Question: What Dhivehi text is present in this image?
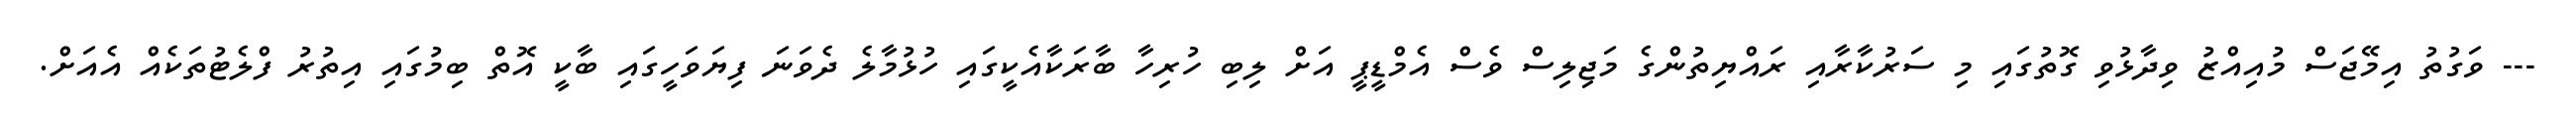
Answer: --- ވަގުތު އިމޭޖަސް މުއިއްޒު ވިދާޅުވި ގޮތުގައި މި ސަރުކާރާއި ރައްޔިތުންގެ މަޖިލިސް ވެސް އެމްޑީޕީ އަށް ލިބި ހުރިހާ ބާރަކާއެކީގައި ހުޅުމާލެ ދެވަނަ ފިޔަވަހީގައި ބާކީ އޮތް ބިމުގައި އިތުރު ފްލެޓުތަކެއް އެއަށް.